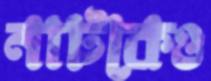
নাটকেও